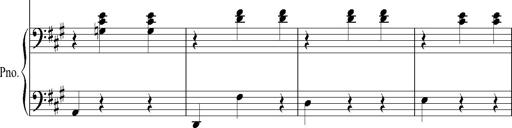
Title: SoirÃ©es de Vienne
Composer: Franz Liszt